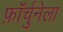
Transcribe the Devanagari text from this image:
फ़ॉर्चुनेला